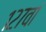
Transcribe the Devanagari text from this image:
१२७वां